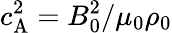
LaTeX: c_{\mathrm{A}}^{2}=B_{0}^{2}/\mu_{0}\rho_{0}